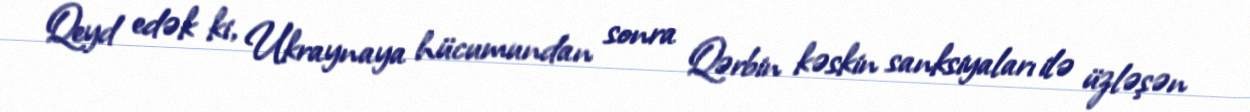
Qeyd edək ki, Ukraynaya hücumundan sonra Qərbin kəskin sanksiyaları ilə üzləşən